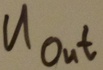
Text: UOUT